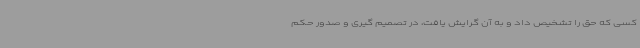
کسی که حق را تشخیص داد و به آن گرایش یافت، در تصمیم گیری و صدور حکم